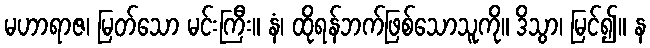
မဟာရာဇ၊ မြတ်သော မင်းကြီး။ နံ၊ ထိုရန်ဘက်ဖြစ်သောသူကို။ ဒိသွာ၊ မြင်၍။ န